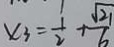
x _ { 3 } = \frac { 1 } { 2 } + \frac { \sqrt { 2 1 } } { 6 }